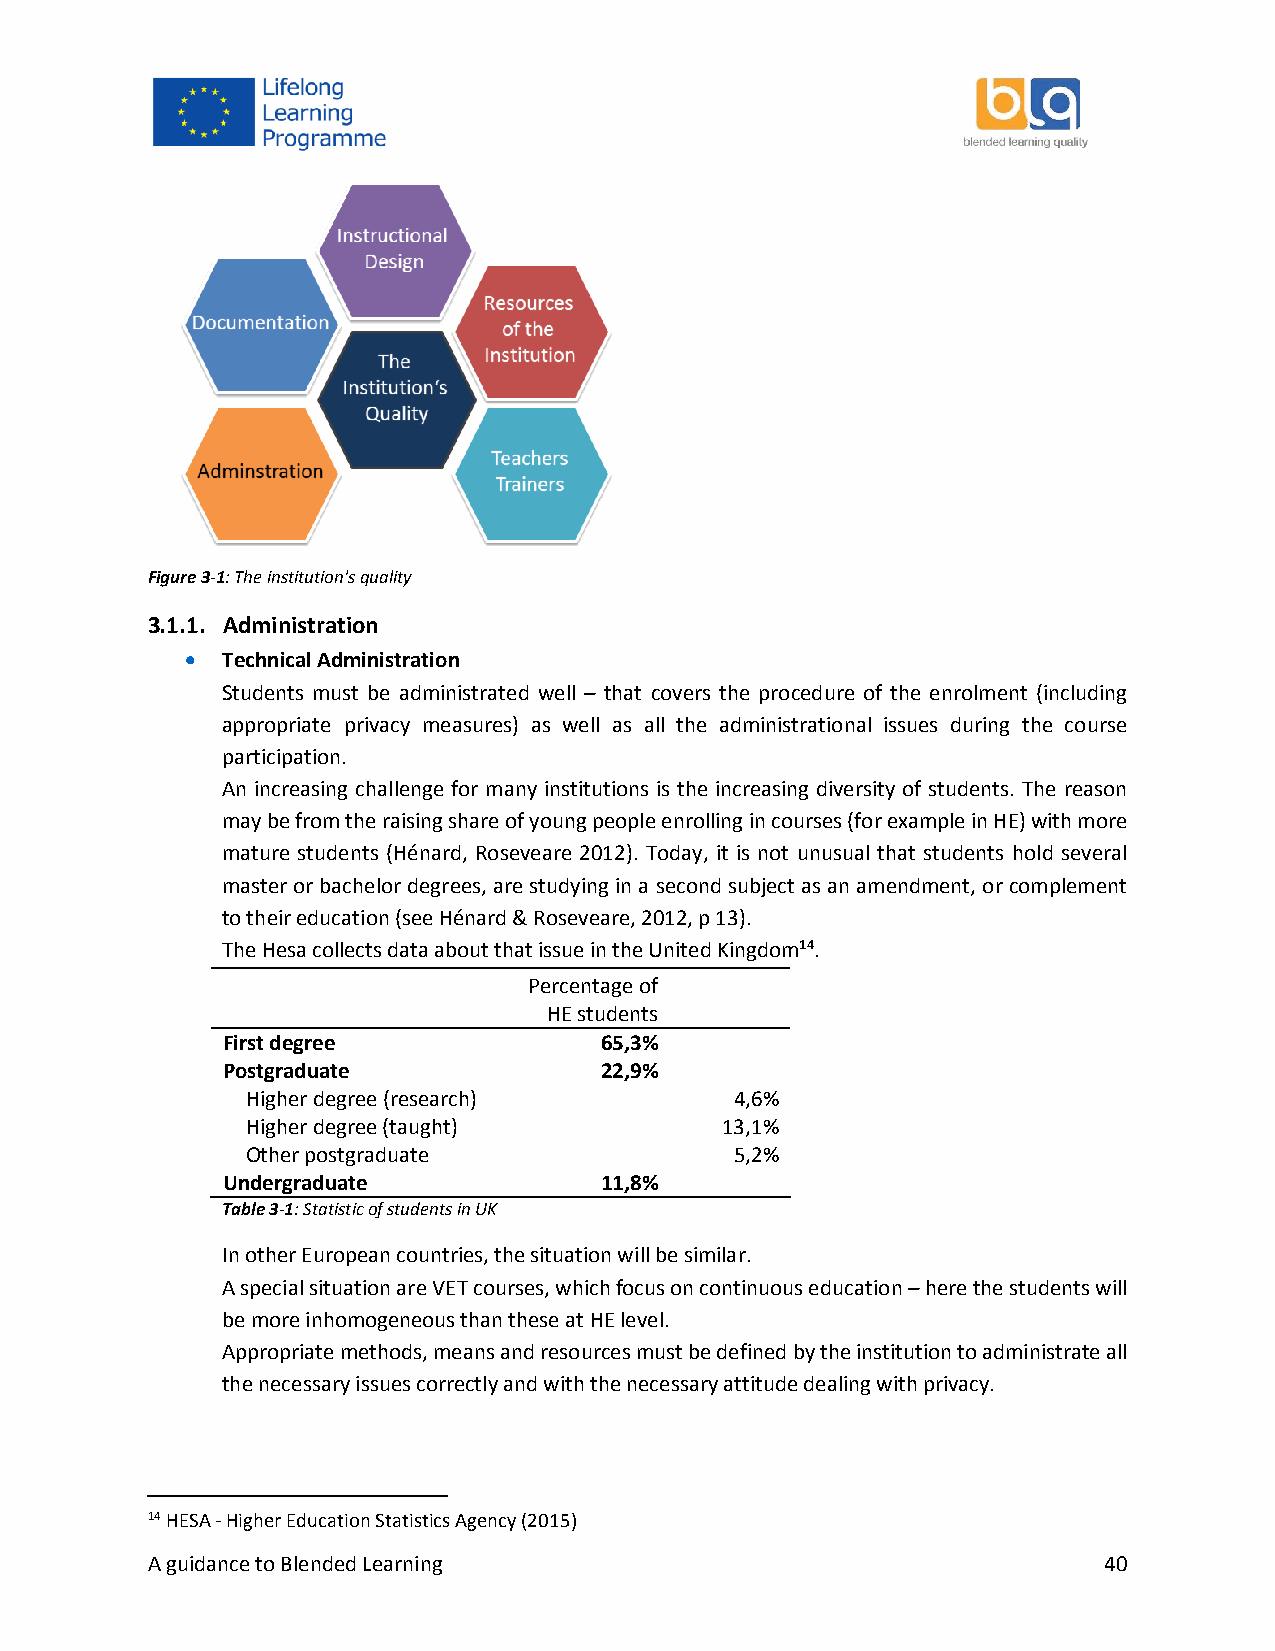
Figure 3-1: The institution's quality
 3.1.1. Administration
   Technical Administration
 Students must be administrated well – that covers the procedure of the enrolment (including
 appropriate privacy measures) as well as all the administrational issues during the course
 participation.
 An increasing challenge for many institutions is the increasing diversity of students. The reason
 may be from the raising share of young people enrolling in courses (for example in HE) with more
 mature students (Hénard, Roseveare 2012). Today, it is not unusual that students hold several
 master or bachelor degrees, are studying in a second subject as an amendment, or complement
 to their education (see Hénard & Roseveare, 2012, p 13).
 The Hesa collects data about that issue in the United Kingdom14.
 Percentage of
 HE students
 First degree             65,3%
 Postgraduate             22,9%
 Higher degree (research)         4,6%
 Higher degree (taught)          13,1%
 Other postgraduate               5,2%
 Undergraduate            11,8%
 Table 3-1: Statistic of students in UK
 In other European countries, the situation will be similar.
 A special situation are VET courses, which focus on continuous education – here the students will
 be more inhomogeneous than these at HE level.
 Appropriate methods, means and resources must be defined by the institution to administrate all
 the necessary issues correctly and with the necessary attitude dealing with privacy.
 14 HESA - Higher Education Statistics Agency (2015)
 A guidance to Blended Learning                                 40